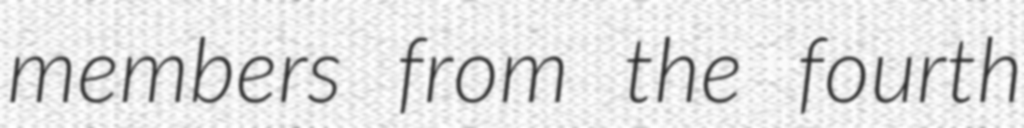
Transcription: members from the fourth